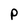
Character: P